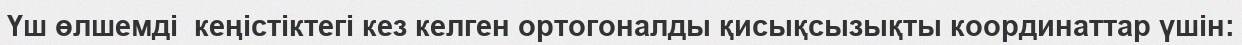
Үш өлшемді  кеңістіктегі кез келген ортогоналды қисықсызықты координаттар үшін: